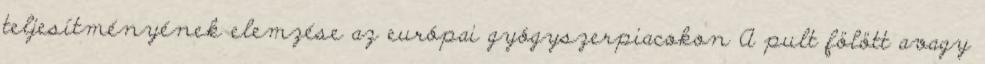
teljesítményének elemzése az európai gyógyszerpiacokon A pult fölött avagy